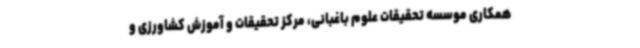
همکاری موسسه تحقیقات علوم باغبانی، مرکز تحقیقات و آموزش کشاورزی و